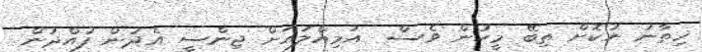
ޚިތާނު ނުކޮށް ތިބޭ މީހުން ވެސް  އަމިއްލައަށް ޖިންސީ އެދުން ފުއްދުން